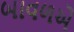
બાવળએ